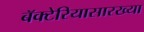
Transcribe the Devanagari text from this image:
बॅक्टेरियासारख्या